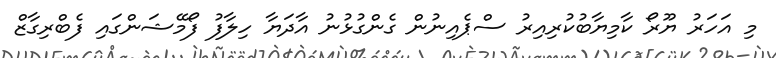
މި އަހަރު ޔޫރޯ ކާމިޔާބުކުރިއިރު ސްޕެއިނުން ގެންގުޅުނު އާދަޔާ ހިލާފު ފޯމޭޝަންގައި ފެބްރިގާޒް